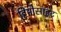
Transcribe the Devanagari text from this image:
हिमोसाइट